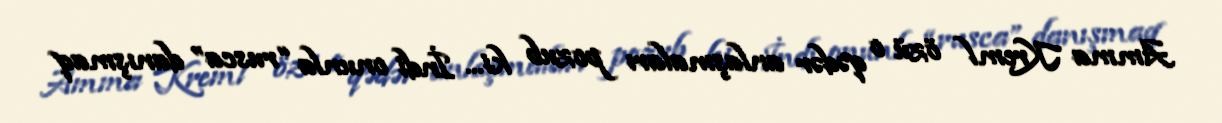
Amma Kreml özü o qədər anlaşmaları pozub ki... İndi onunla “rusca” danışmaq